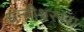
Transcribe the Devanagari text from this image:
धन्वीश्वरस्य